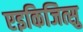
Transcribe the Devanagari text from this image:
एइकिजित्सु